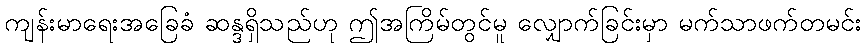
ကျန်းမာရေးအခြေခံ ဆန္ဒရှိသည်ဟု ဤအကြိမ်တွင်မူ လျှောက်ခြင်းမှာ မက်သာဖက်တမင်း